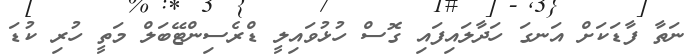
ނަތާ ފާޑަކަށް އަނގަ ހަދާލައިފައި ގޮސް ހުޅުވައިލީ ޑްރެސިންޓޭބަލް މަތީ ހުރި ކުޑަ